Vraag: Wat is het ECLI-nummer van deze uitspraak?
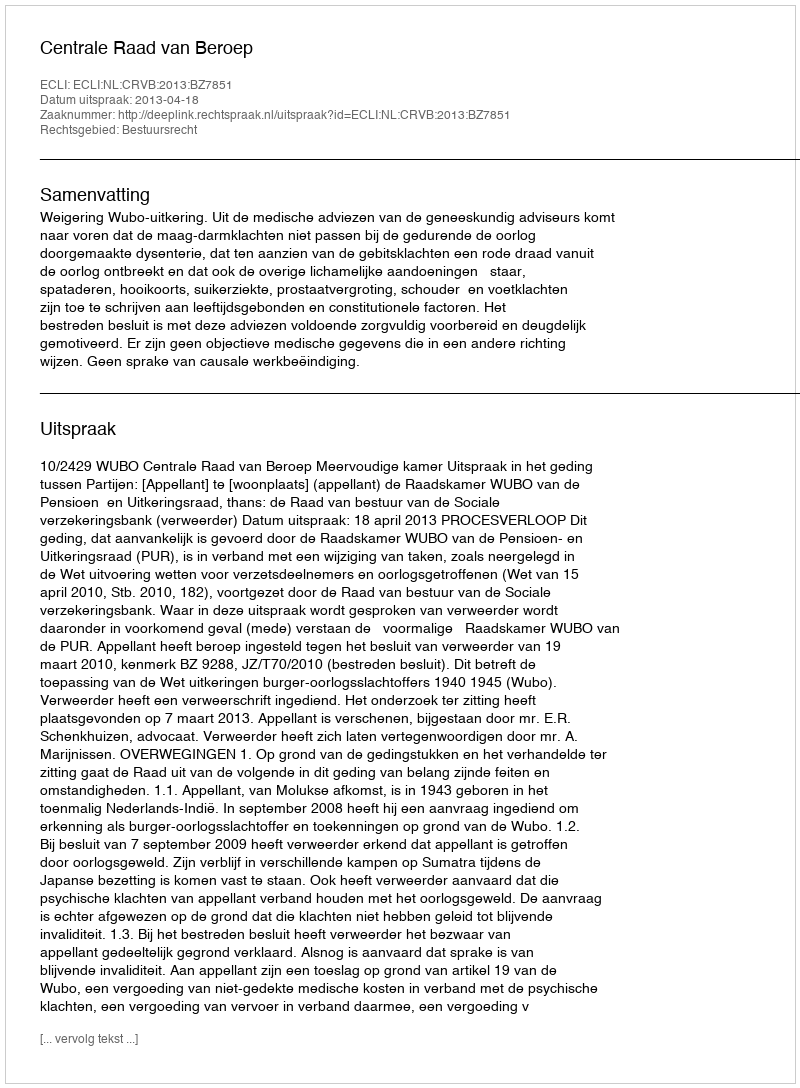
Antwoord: ECLI:NL:CRVB:2013:BZ7851